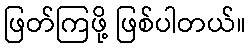
ဖြတ်ကြဖို့ ဖြစ်ပါတယ်။